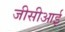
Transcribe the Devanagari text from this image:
जीसीआई